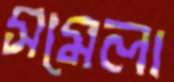
সমেলা